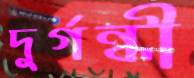
দুর্গন্ধী